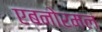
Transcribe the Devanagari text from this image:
एबनोरमल